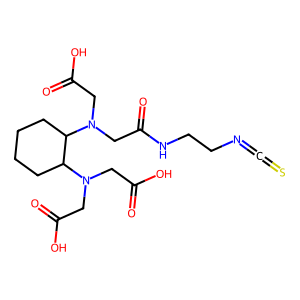
SMILES: O=C(O)CN(CC(=O)O)C1CCCCC1N(CC(=O)O)CC(=O)NCCN=C=S
Inhibits HIV replication: No